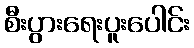
စီးပွားရေးပူးပေါင်း